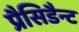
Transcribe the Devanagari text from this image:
प्रैसिडैन्ट